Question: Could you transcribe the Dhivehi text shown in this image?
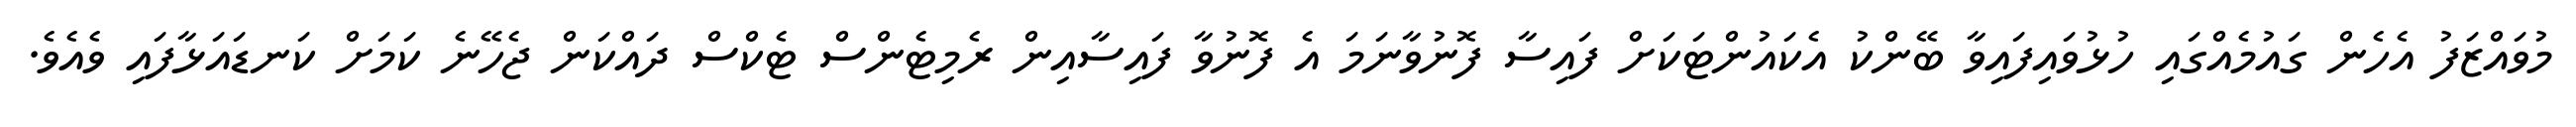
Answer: މުވައްޒަފު އެހެން ގައުމެއްގައި ހުޅުވައިފައިވާ ބޭންކު އެކައުންޓަކަށް ފައިސާ ފޮނުވާނަމަ އެ ފޮނުވާ ފައިސާއިން ރެމިޓެންސް ޓެކްސް ދައްކަން ޖެހޭނެ ކަމަށް ކަނޑައަޅާފައި ވެއެވެ.